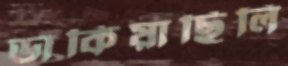
ডাকিয়াছিলি